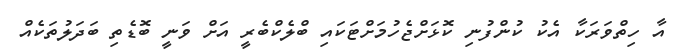
އާ ހިތްވަރަކާ އެކު ކުންފުނި ކޮޅަށްޖެހުމަށްޓަކައި ބްލެކްބެރީ އަށް ވަނީ ބޮޑެތި ބަދަލުތަކެއް